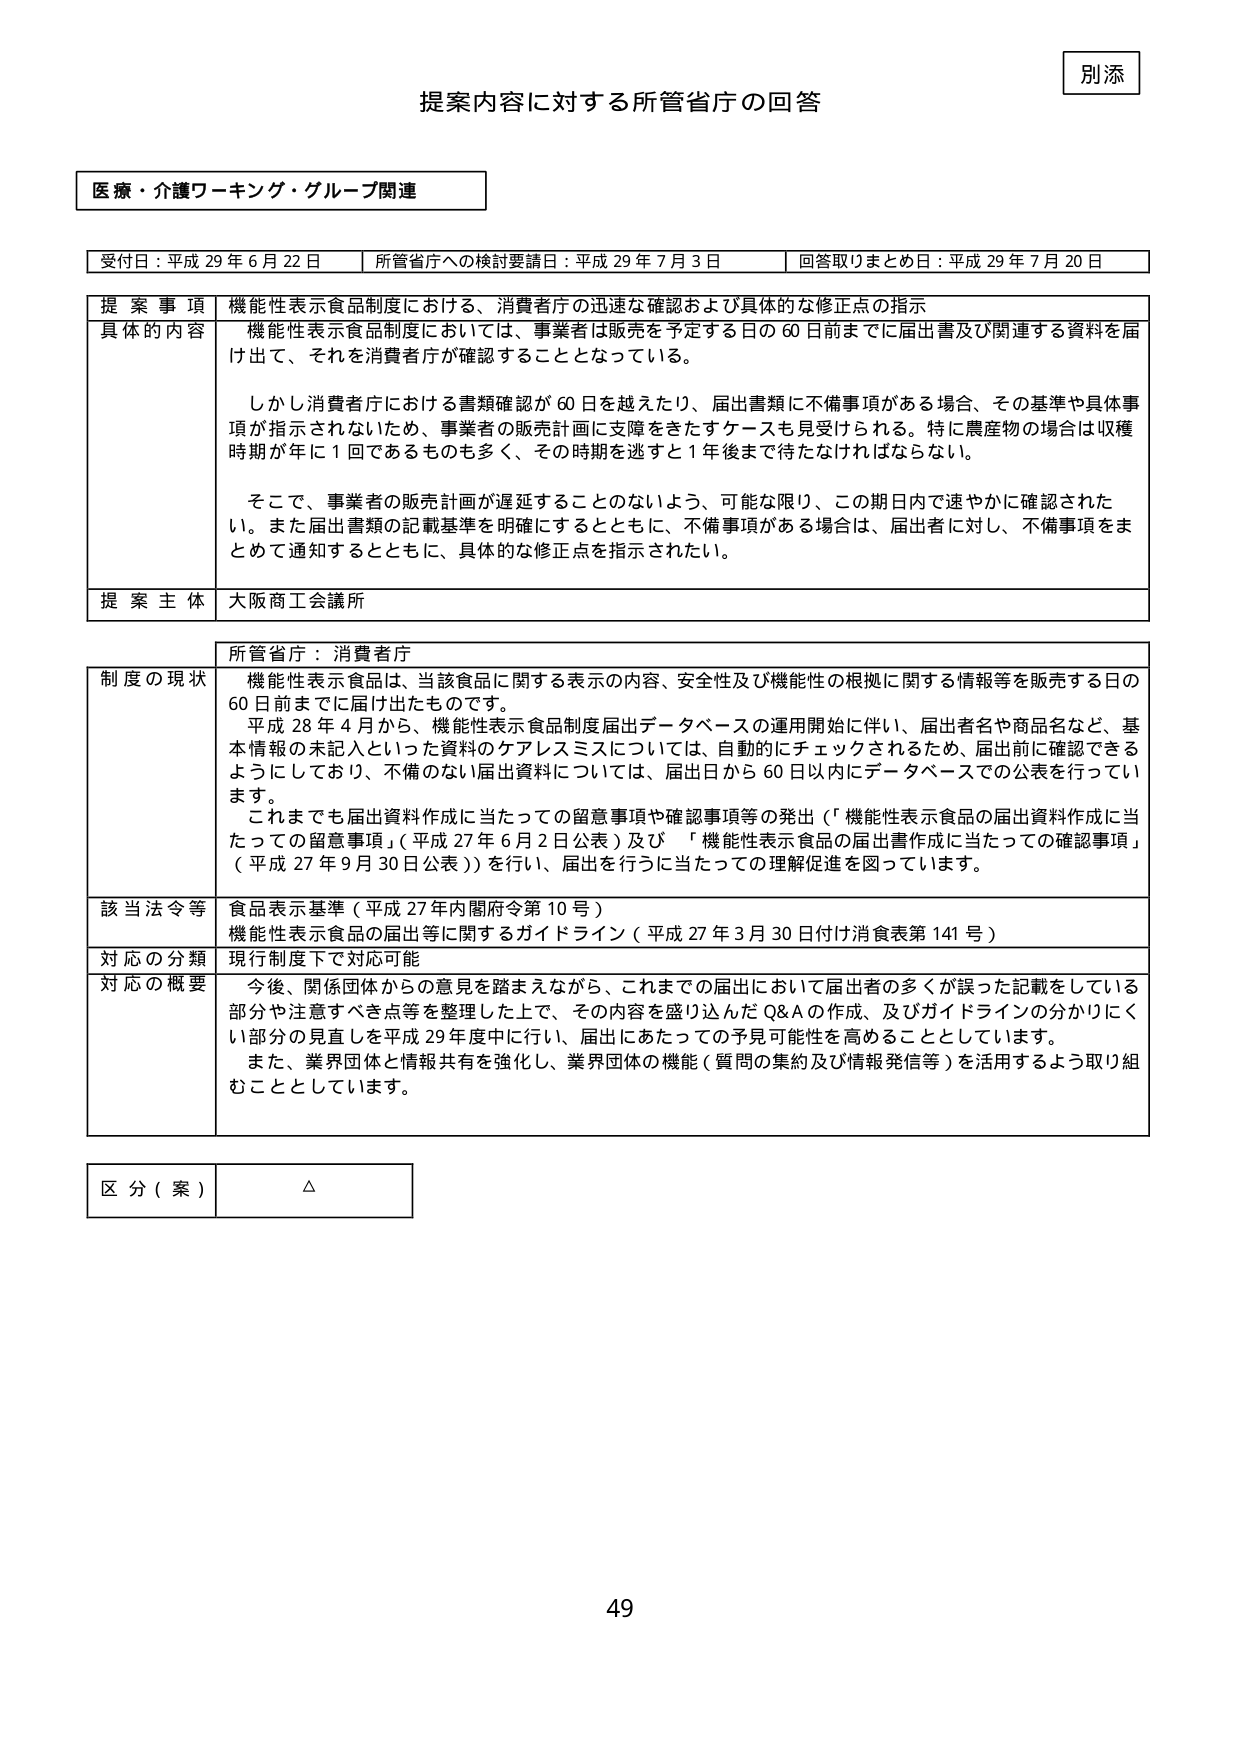
別添

提案内容に対する所管省庁の回答

医療・介護ワーキング・グループ関連

受付日：平成 29 年 6 月 22 日　　所管省庁への検討要請日：平成 29 年 7 月 3 日　　回答取りまとめ日：平成 29 年 7 月 20 日

提 案 事 項　機能性表示食品制度における、消費者庁の迅速な確認および具体的な修正点の指示

具体的 内容　機能性表示食品制度においては、事業者は販売を予定する日の 60 日前までに届出書及び関連する資料を届け出て、それを消費者庁が確認することとなっている。

　　　しかし消費者庁における書類確認が 60 日を越えたり、届出書類に不備事項がある場合、その基準や具体事項が指示されないため、事業者の販売計画に支障をきたすケースも見受けられる。特に農産物の場合は収穫時期が年に 1 回であるものも多く、その時期を逃すと 1 年後まで待たなければならない。

　　　そこで、事業者の販売計画が遅延することのないよう、可能な限り、この期日内で速やかに確認されたい。また届出書類の記載基準を明確にするとともに、不備事項がある場合は、届出者に対し、不備事項をまとめて通知するとともに、具体的な修正点を指示されたい。

提 案 主 体　大阪商工会議所

所管省庁：消費者庁

制度の現状　機能性表示食品は、当該食品に関する表示の内容、安全性及び機能性の根拠に関する情報等を販売する日の 60 日前までに届け出たものです。

　　　平成 28 年 4 月から、機能性表示食品制度届出データベースの運用開始に伴い、届出者名や商品名など、基本情報の未記入といった資料のケアレスミスについては、自動的にチェックされるため、届出前に確認できるようにしており、不備のない届出資料については、届出日から 60 日以内にデータベースでの公表を行っています。

　　　これまでも届出資料作成に当たっての留意事項や確認事項等の発出（「機能性表示食品の届出資料作成に当たっての留意事項」（平成 27 年 6 月 2 日公表）及び 「機能性表示食品の届出書作成に当たっての確認事項」（平成 27 年 9 月 30 日公表））を行い、届出を行うに当たっての理解促進を図っています。

該当法令等　食品表示基準（平成 27 年内閣府令第 10 号）

　　　　　機能性表示食品の届出等に関するガイドライン（平成 27 年 3 月 30 日付け消食表第 141 号）

対応の分類　現行制度下で対応可能

対応の概要　今後、関係団体からの意見を踏まえながら、これまでの届出において届出者の多くが誤った記載をしている部分や注意すべき点等を整理した上で、その内容を盛り込んだ Q&A の作成、及びガイドラインの分かりにくい部分の見直しを平成 29 年度中に行い、届出にあたっての予見可能性を高めることとしています。

　　　また、業界団体と情報共有を強化し、業界団体の機能（質問の集約及び情報発信等）を活用するよう取り組むこととしています。

区 分（案）　△

49